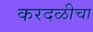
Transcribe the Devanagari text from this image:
करदळीचा